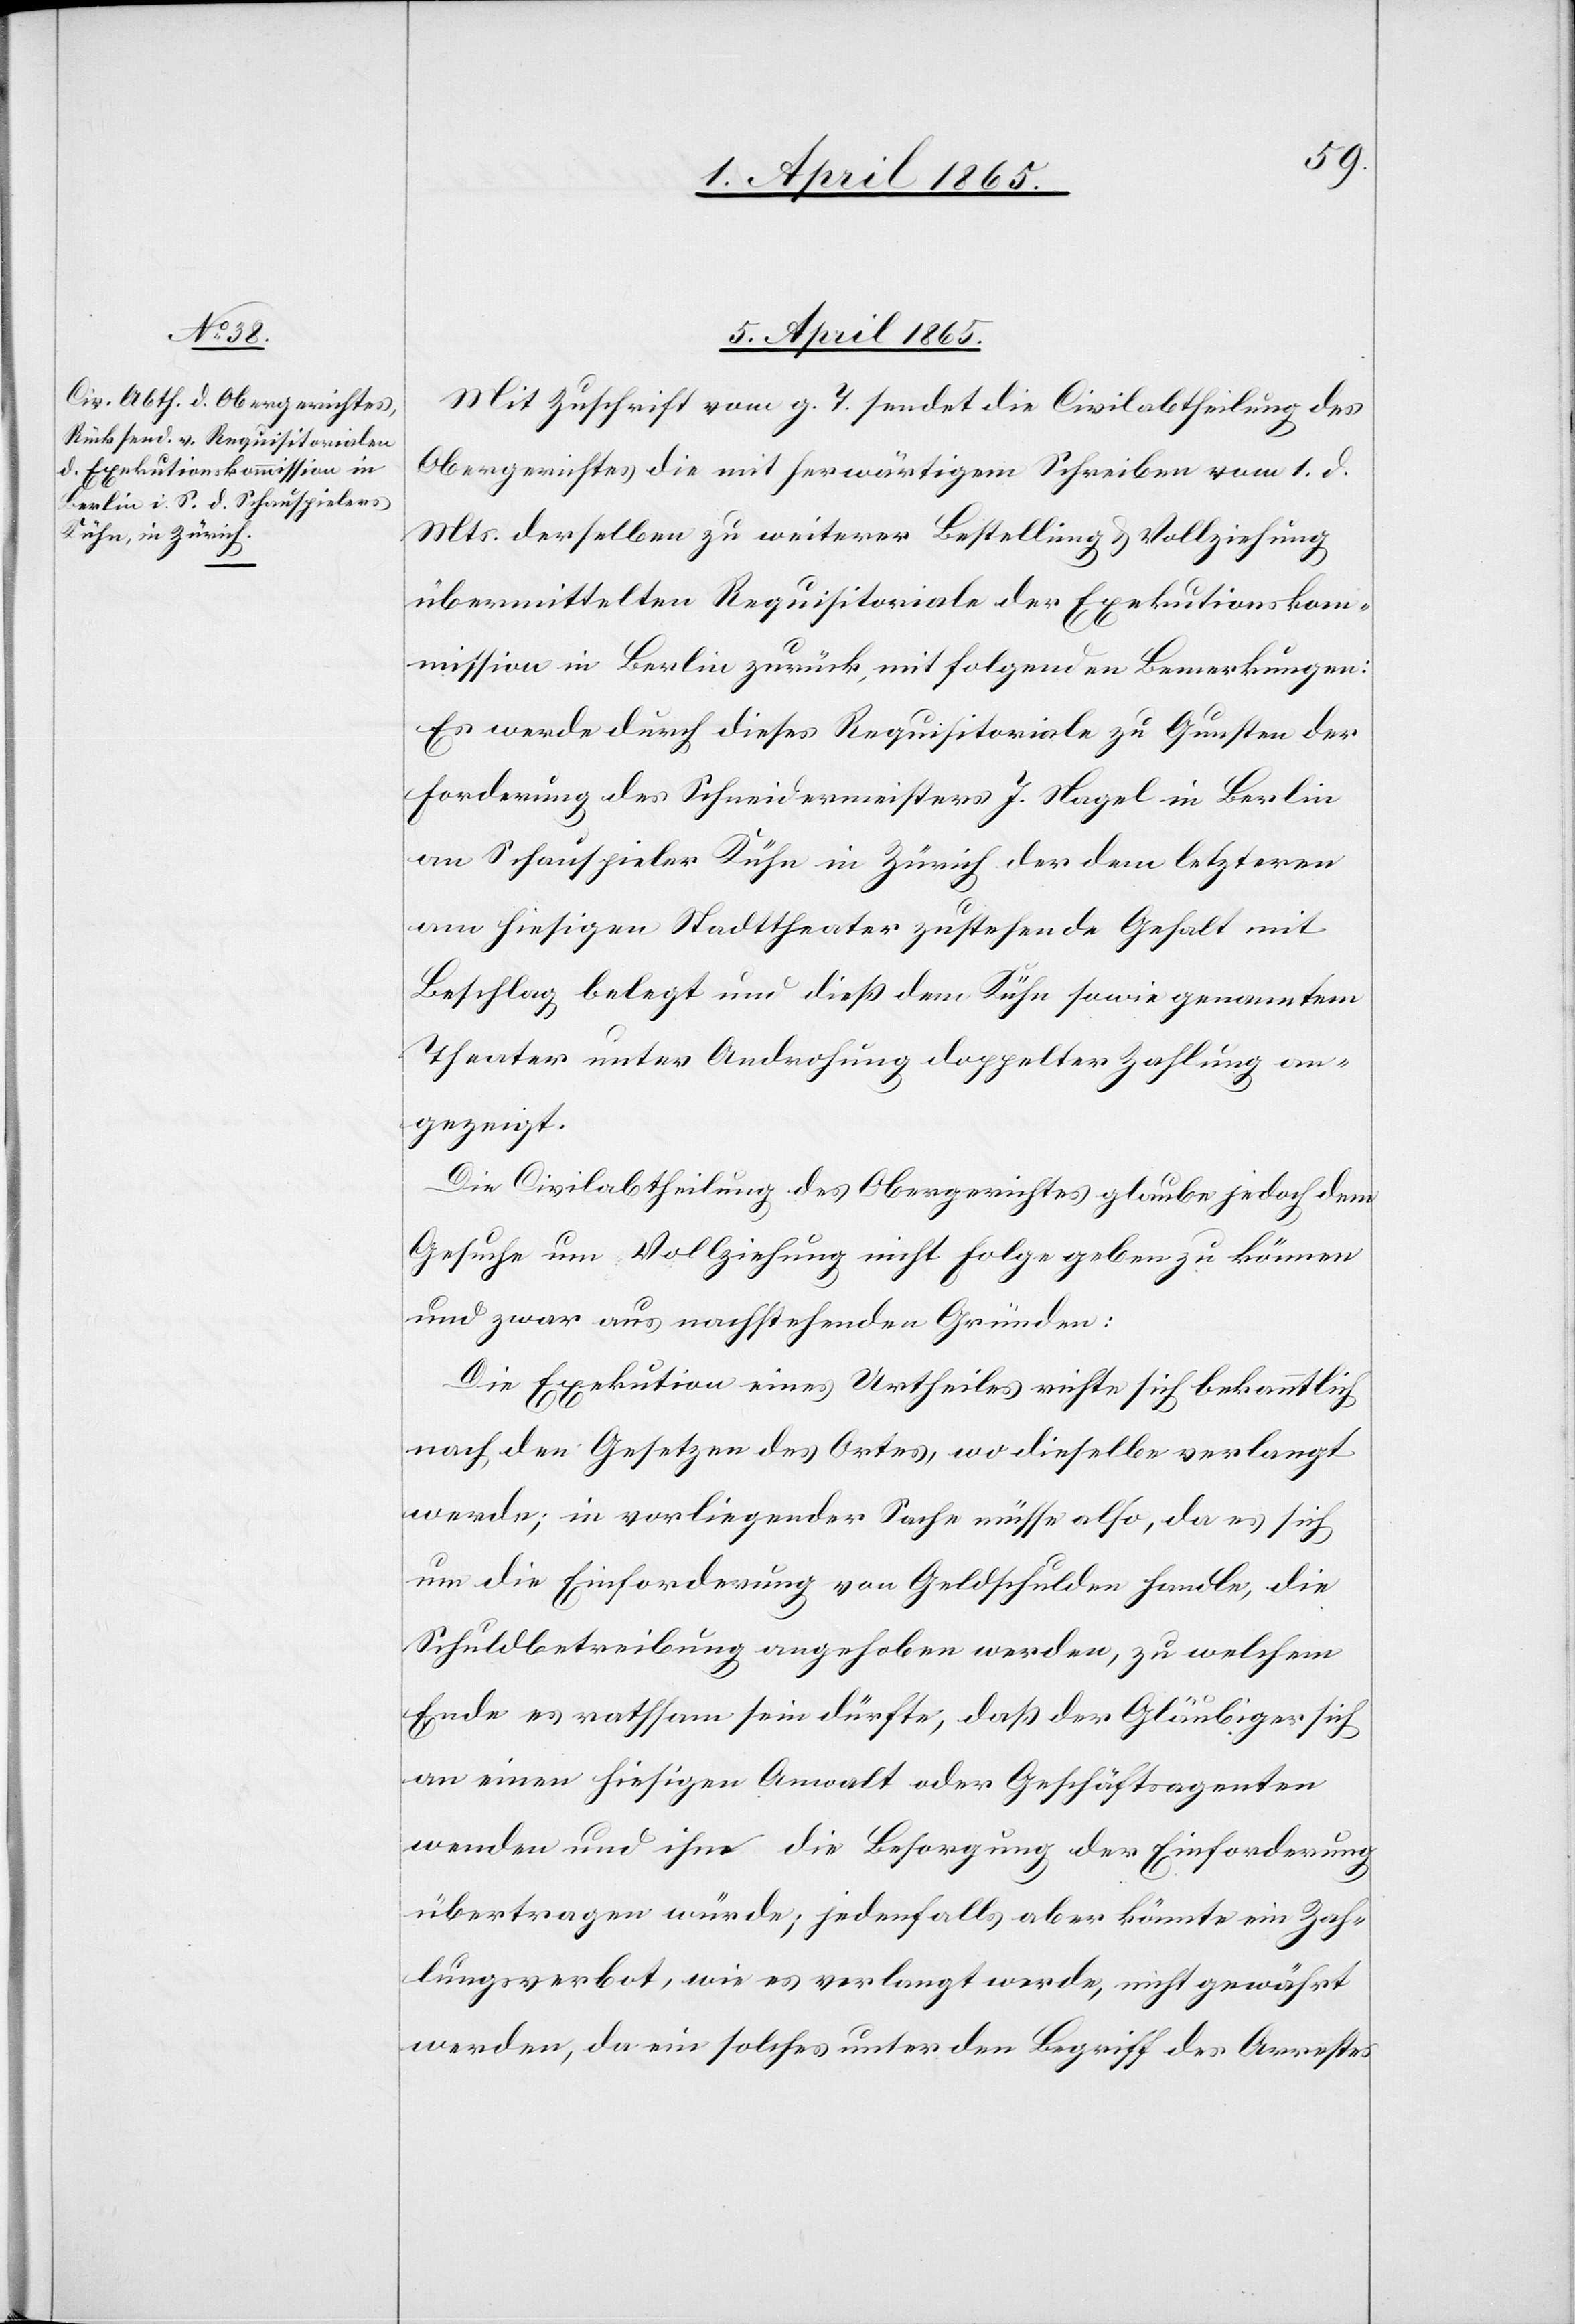
5. April 1865.
Mit Zuschrift vom g. T. sendet die Civilabtheilung des
Obergerichtes die mit herwärtigem Schreiben vom 1. d.
Mts. derselben zu weiterer Bestellung & Vollziehung
übermittelten Requisitoriale der Exekutionskom¬
mission in Berlin zurück, mit folgenden Bemerkungen:
Es werde durch dieses Requisitoriale zu Gunsten der
Forderung des Schneidermeisters J. Nagel in Berlin
an Schauspieler Kühn in Zürich der dem letzteren
am hiesigen Stadttheater zustehende Gehalt mit
Beschlag belegt und dieß dem Kühn sowie genanntem
Theater unter Androhung doppelter Zahlung an¬
gezeigt.
Die Civilabtheilung des Obergerichtes glaube jedoch dem
Gesuche um Vollziehung nicht Folge geben zu können
und zwar aus nachstehenden Gründen:
Die Exekution eines Urtheils richte sich bekanntlich
nach den Gesetzen des Ortes, wo dieselbe verlangt
werde; in vorliegender Sache müsse also, da es sich
um die Einforderung von Geldschulden handle, die
Schuldbetreibung angehoben werden, zu welchem
Ende es rathsam sein dürfte, daß der Gläubiger sich
an einen hiesigen Anwalt oder Geschäftsagenten
wenden und ihm die Besorgung der Einforderung
übertragen würde; jedenfalls aber könnte ein Zah¬
lungsverbot, wie es verlangt werde, nicht gewährt
werden, da ein solches unter den Begriff des Arrestes